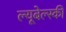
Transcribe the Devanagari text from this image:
ल्यूबेल्स्की